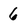
Character: 6